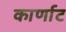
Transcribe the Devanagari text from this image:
कार्णाट